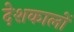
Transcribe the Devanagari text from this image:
देशकालों